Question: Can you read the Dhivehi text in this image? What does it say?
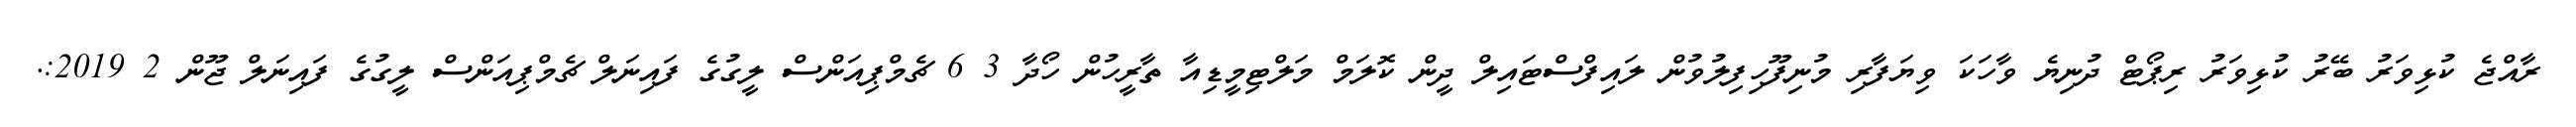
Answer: ރާއްޖެ ކުޅިވަރު ބޭރު ކުޅިވަރު ރިޕޯޓް ދުނިޔެ ވާހަކަ ވިޔަފާރި މުނިފޫހިފިލުވުން ލައިފްސްޓައިލް ދީން ކޮލަމް މަލްޓިމީޑިއާ ތާރީހުން ހޯދާ 3 6 ޗެމްޕިއަންސް ލީގުގެ ފައިނަލް ޗެމްޕިއަންސް ލީގުގެ ފައިނަލް ޖޫން 2 2019:.